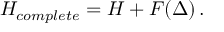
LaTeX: H _ { c o m p l e t e } = { \cal H } + F ( \Delta ) \, .